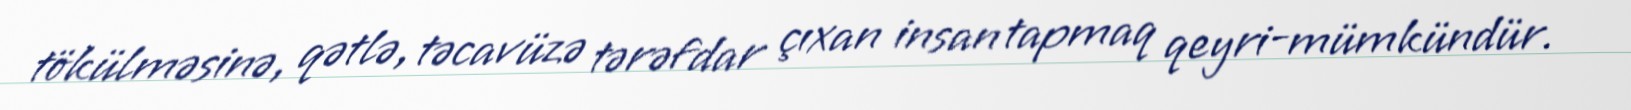
tökülməsinə, qətlə, təcavüzə tərəfdar çıxan insan tapmaq qeyri-mümkündür.